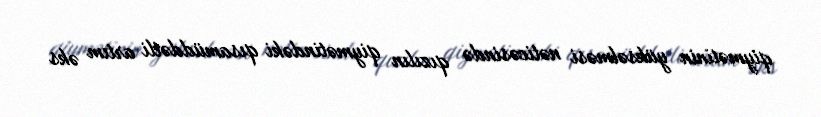
qiymətinin yüksəlməsi nəticəsində qızılın qiymətindəki qısamüddətli artım əks